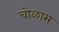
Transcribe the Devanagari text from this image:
चोळास